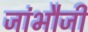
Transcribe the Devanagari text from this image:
जांभौजी